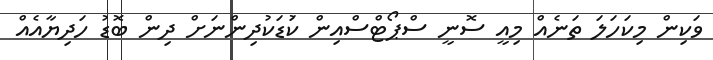
ވަކިން މިކަހަލަ ތަނެއް މިއީ ސޮނީ ސްޕޯޓްސްއިން ކުަޑަކުދިންނަށް ދިން ބޮޑު ހަދިޔާއެއް